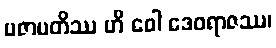
ပဇာပတိဿ ဟိ ဝေါ ဒေဝရာဇဿ၊